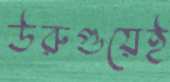
উরুগুয়েই